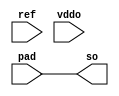
module bw_io_dtl_rcv_dc (/*AUTOARG*/
  // Outputs
  so, 
  // Inputs
  pad, ref, vddo
  );

  output	so;
  input		pad;
  input		ref;
  input		vddo;


  assign so = pad ;


  endmodule